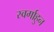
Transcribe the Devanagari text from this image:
स्वर्गाहुन